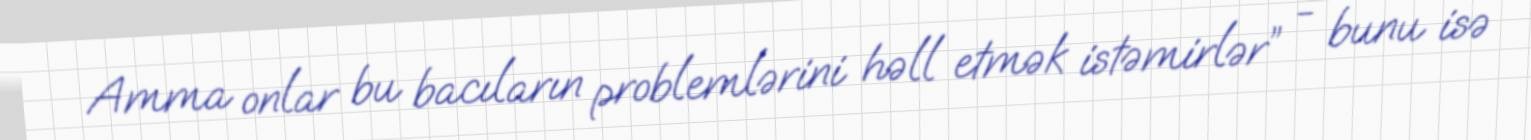
Amma onlar bu bacıların problemlərini həll etmək istəmirlər” - bunu isə